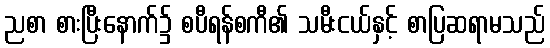
ညစာ စားပြီးနောက်၌ စပီရန်စကီ၏ သမီးငယ်နှင့် စာပြဆရာမသည်